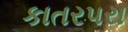
કાતર૫રા